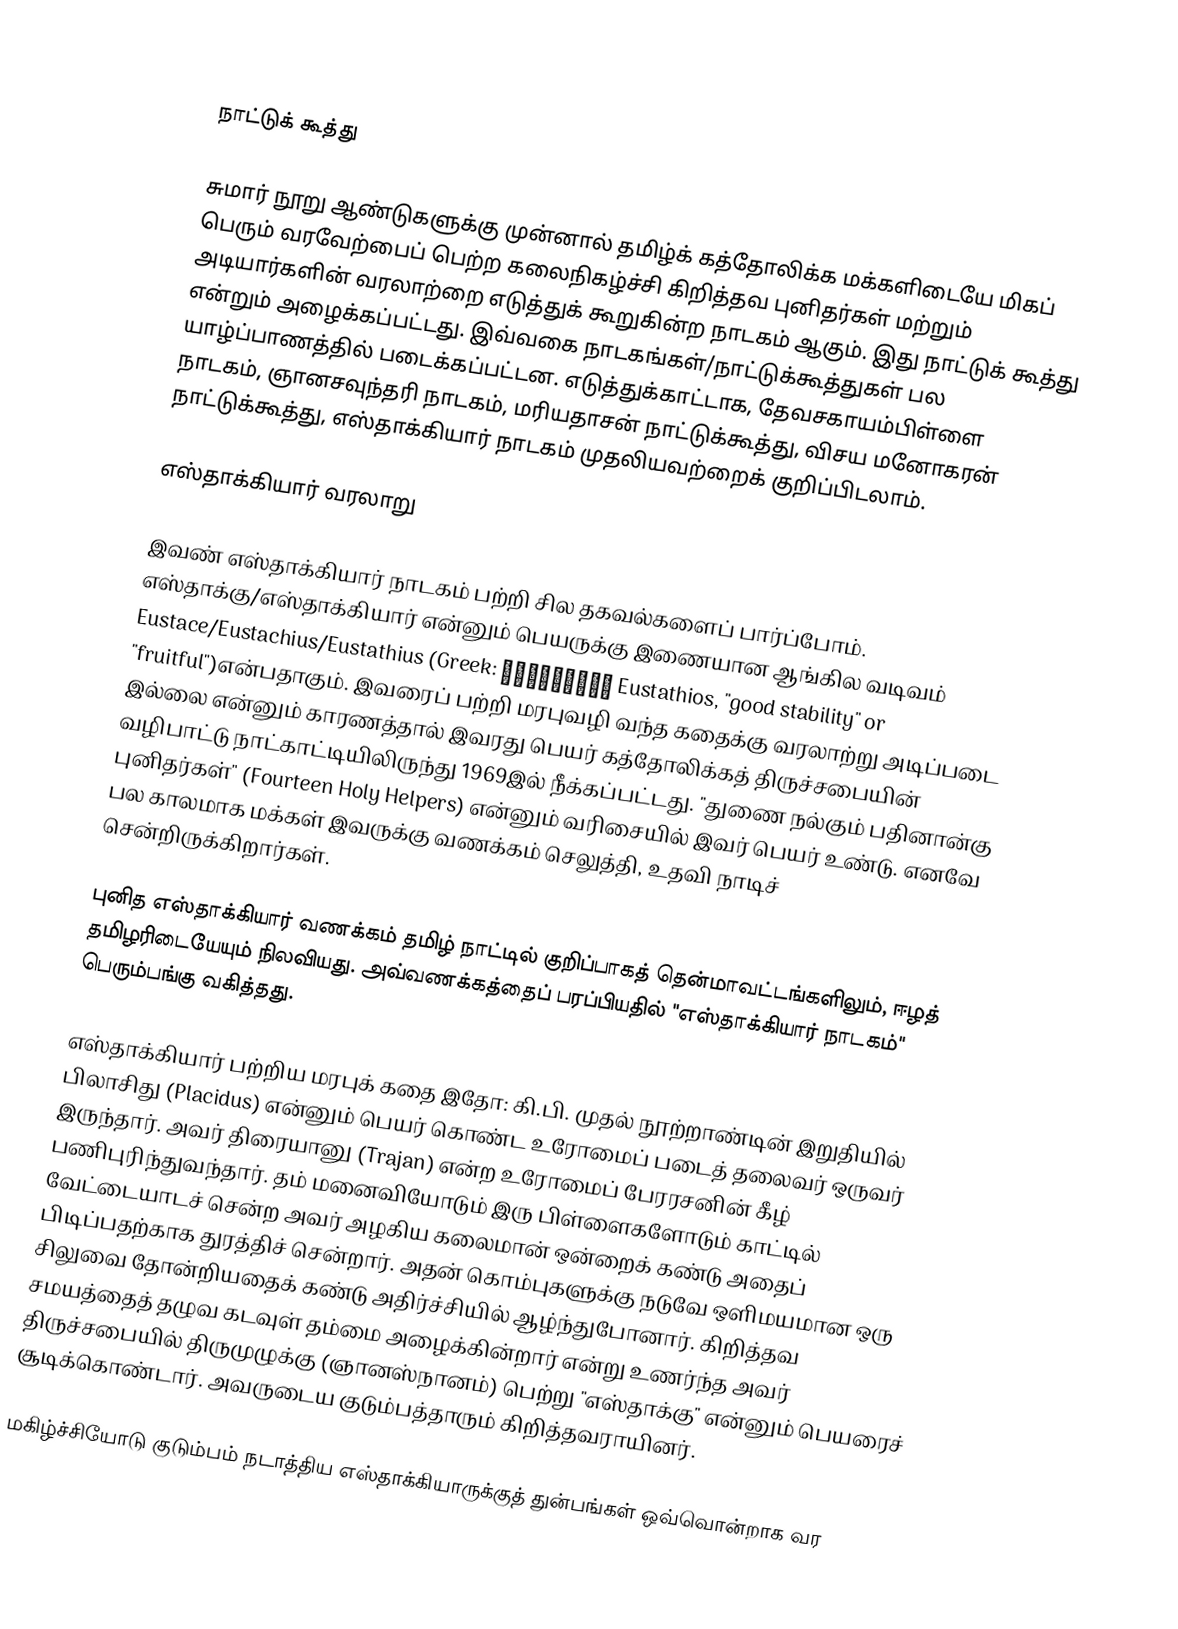

நாட்டுக் கூத்து

சுமார் நூறு ஆண்டுகளுக்கு முன்னால் தமிழ்க் கத்தோலிக்க மக்களிடையே மிகப் பெரும் வரவேற்பைப் பெற்ற கலைநிகழ்ச்சி கிறித்தவ புனிதர்கள் மற்றும் அடியார்களின் வரலாற்றை எடுத்துக் கூறுகின்ற நாடகம் ஆகும். இது நாட்டுக் கூத்து என்றும் அழைக்கப்பட்டது. இவ்வகை நாடகங்கள்/நாட்டுக்கூத்துகள் பல யாழ்ப்பாணத்தில் படைக்கப்பட்டன. எடுத்துக்காட்டாக, தேவசகாயம்பிள்ளை நாடகம், ஞானசவுந்தரி நாடகம், மரியதாசன் நாட்டுக்கூத்து, விசய மனோகரன் நாட்டுக்கூத்து, எஸ்தாக்கியார் நாடகம் முதலியவற்றைக் குறிப்பிடலாம்.

எஸ்தாக்கியார் வரலாறு

இவண் எஸ்தாக்கியார் நாடகம் பற்றி சில தகவல்களைப் பார்ப்போம்.  எஸ்தாக்கு/எஸ்தாக்கியார் என்னும் பெயருக்கு இணையான ஆங்கில வடிவம் Eustace/Eustachius/Eustathius (Greek: Ευστάθιος Eustathios, "good stability" or "fruitful")என்பதாகும். இவரைப் பற்றி மரபுவழி வந்த கதைக்கு வரலாற்று அடிப்படை இல்லை என்னும் காரணத்தால் இவரது பெயர் கத்தோலிக்கத் திருச்சபையின் வழிபாட்டு நாட்காட்டியிலிருந்து 1969இல் நீக்கப்பட்டது.  "துணை நல்கும் பதினான்கு புனிதர்கள்" (Fourteen Holy Helpers) என்னும் வரிசையில் இவர் பெயர் உண்டு. எனவே பல காலமாக மக்கள் இவருக்கு வணக்கம் செலுத்தி, உதவி நாடிச் சென்றிருக்கிறார்கள்.

புனித எஸ்தாக்கியார் வணக்கம் தமிழ் நாட்டில் குறிப்பாகத் தென்மாவட்டங்களிலும், ஈழத் தமிழரிடையேயும் நிலவியது. அவ்வணக்கத்தைப் பரப்பியதில் "எஸ்தாக்கியார் நாடகம்" பெரும்பங்கு வகித்தது.

எஸ்தாக்கியார் பற்றிய மரபுக் கதை இதோ: கி.பி. முதல் நூற்றாண்டின் இறுதியில் பிலாசிது (Placidus) என்னும் பெயர் கொண்ட உரோமைப் படைத் தலைவர் ஒருவர் இருந்தார். அவர் திரையானு (Trajan) என்ற உரோமைப் பேரரசனின் கீழ் பணிபுரிந்துவந்தார். தம் மனைவியோடும் இரு பிள்ளைகளோடும் காட்டில் வேட்டையாடச் சென்ற அவர் அழகிய கலைமான் ஒன்றைக் கண்டு அதைப் பிடிப்பதற்காக துரத்திச் சென்றார். அதன் கொம்புகளுக்கு நடுவே ஒளிமயமான ஒரு சிலுவை தோன்றியதைக் கண்டு அதிர்ச்சியில் ஆழ்ந்துபோனார். கிறித்தவ சமயத்தைத் தழுவ கடவுள் தம்மை அழைக்கின்றார் என்று உணர்ந்த அவர் திருச்சபையில் திருமுழுக்கு (ஞானஸ்நானம்) பெற்று "எஸ்தாக்கு" என்னும் பெயரைச் சூடிக்கொண்டார். அவருடைய குடும்பத்தாரும் கிறித்தவராயினர்.

மகிழ்ச்சியோடு குடும்பம் நடாத்திய எஸ்தாக்கியாருக்குத் துன்பங்கள் ஒவ்வொன்றாக வர